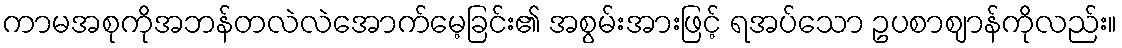
ကာမအစုကိုအဘန်တလဲလဲအောက်မေ့ခြင်း၏ အစွမ်းအားဖြင့် ရအပ်သော ဥပစာဈာန်ကိုလည်း။